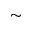
\sim